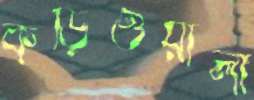
কড়িওয়ালা